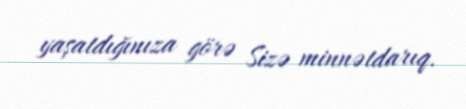
yaşatdığınıza görə Sizə minnətdarıq.